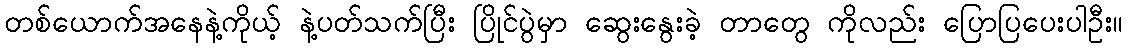
တစ်ယောက်အနေနဲ့ကိုယ့် နဲ့ပတ်သက်ပြီး ပြိုင်ပွဲမှာ ဆွေးနွေးခဲ့ တာတွေ ကိုလည်း ပြောပြပေးပါဦး။